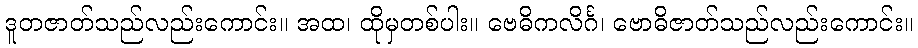
ဒူတဇာတ်သည်လည်းကောင်း။ အထ၊ ထိုမှတစ်ပါး။ ဗေဓိကလိင်္ဂ၊ ဗောဓိဇာတ်သည်လည်းကောင်း။